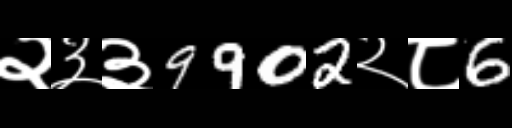
Text: २३३9902२८6